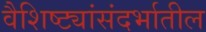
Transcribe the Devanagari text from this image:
वैशिष्ट्यांसंदर्भातील